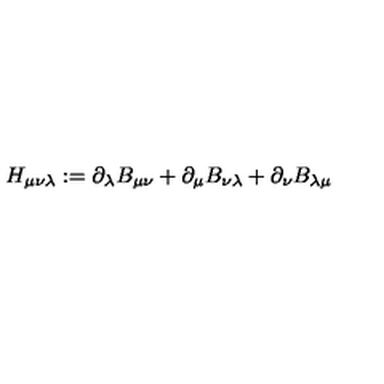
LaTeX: H _ { \mu \nu \lambda } : = \partial _ { \lambda } B _ { \mu \nu } + \partial _ { \mu } B _ { \nu \lambda } + \partial _ { \nu } B _ { \lambda \mu }